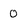
Character: 0